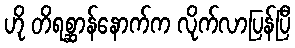
ဟို တိရစ္ဆာန်နောက်က လိုက်လာပြန်ပြီ